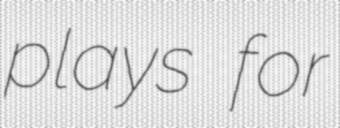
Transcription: plays for